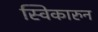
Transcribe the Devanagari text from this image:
स्विकारुन